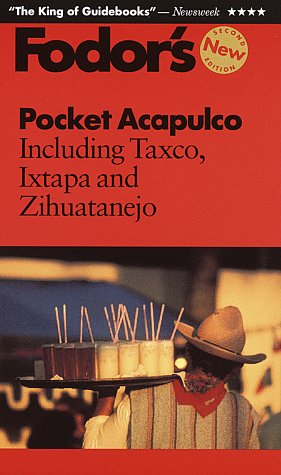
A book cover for Pocket Acapulco: Including Taxco, Ixtapa and Zihuatanejo (2nd ed); Fodor's; Travel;